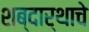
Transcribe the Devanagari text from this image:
शब्दार्थाचे